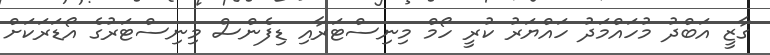
ގާޒީ އަބްދު މުހައްމަދު ހައްޔަރު ކުރީ ހޯމް މިނިސްޓަރާއި ޑިފެންސް މިނިސްޓަރުގެ އޯޑަރަކަށް